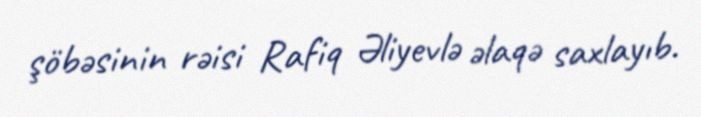
şöbəsinin rəisi Rafiq Əliyevlə əlaqə saxlayıb.